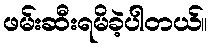
ဖမ်းဆီးရမိခဲ့ပါတယ်။